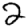
Digit: 2